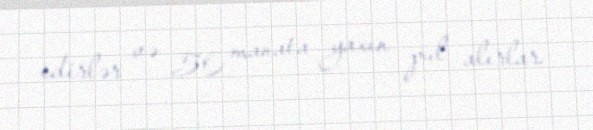
edirlər və 50 manata yaxın pul alırlar.